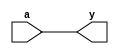
module bf(y, a);
    input a;
    output y;

    assign y = a;
endmodule